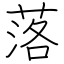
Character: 落